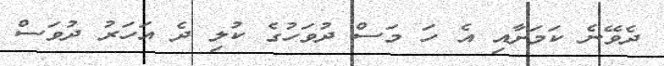
ދެވޭނެ ކަމަށާއި އެ ހަ މަސް ދުވަހުގެ ކުލި ދެ އަހަރު ދުވަސް